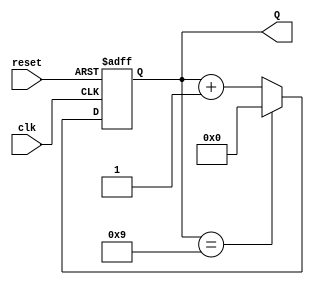
module decade_asynchronous_counter (
    input wire clk,
    input wire reset,  // Asynchronous reset
    output reg [3:0] Q  // 4-bit output to represent the count
);

// Asynchronous reset and counting logic
always @(posedge clk or posedge reset) begin
    if (reset) begin
        Q <= 4'b0000;  // Clear the counter on reset
    end else begin
        if (Q == 4'b1001) begin
            Q <= 4'b0000;  // Reset to 0 when reaching 10 (1010)
        end else begin
            Q <= Q + 1;     // Increment the counter
        end
    end
end

endmodule